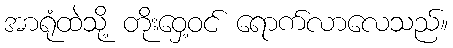
အာရုံထဲသို့ တိုးဝှေ့ဝင် ရောက်လာလေသည်။